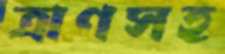
ত্রাণসহ